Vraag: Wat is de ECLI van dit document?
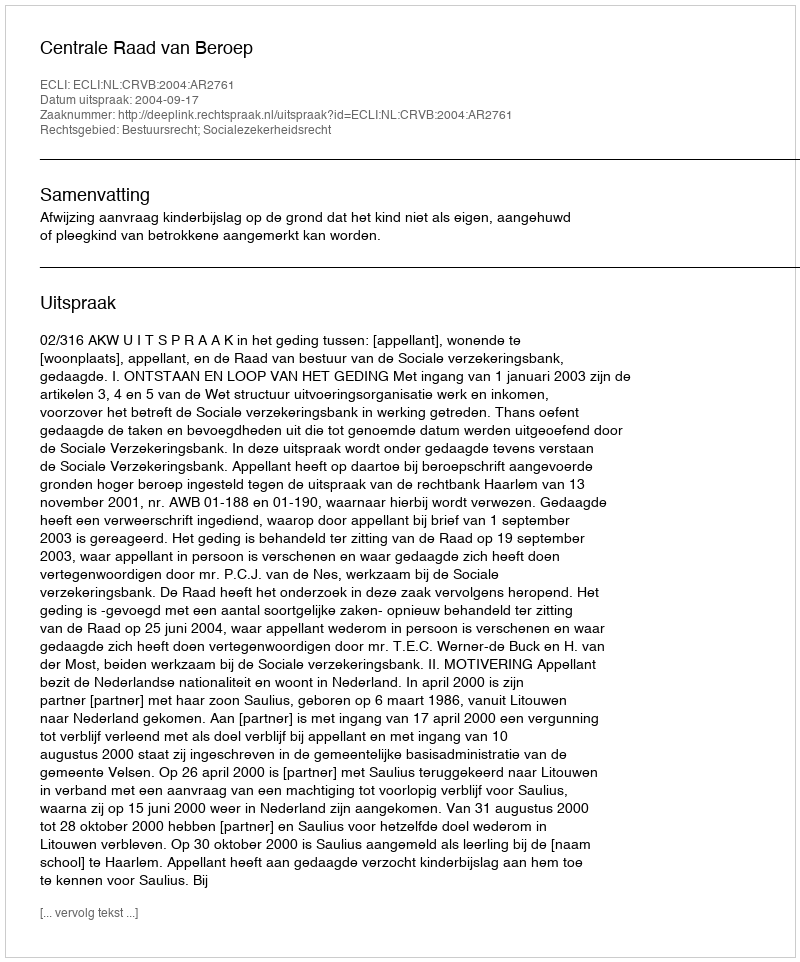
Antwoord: ECLI:NL:CRVB:2004:AR2761